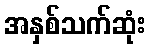
အနှစ်သက်ဆုံး